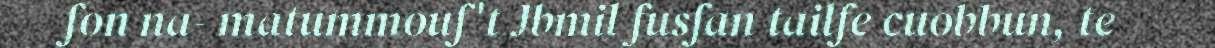
fon na- matummouf't Jbmil fusfan tailfe cuobbun, te